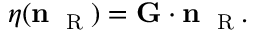
\eta ( { \bf n } _ { \mathrm { ~ \tiny ~ R ~ } } ) = { \bf G } \cdot { \bf n } _ { \mathrm { ~ \tiny ~ R ~ } } .